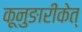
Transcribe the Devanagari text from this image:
कूनुङारीकेत्